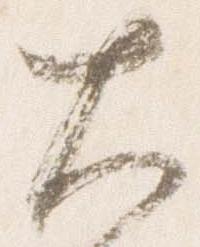
大